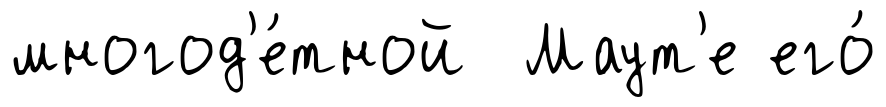
многод'е́тной Маут'е его́